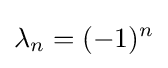
\lambda _{n}=(-1)^{n}